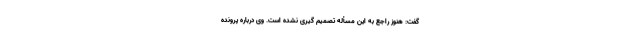
گفت: هنوز راجع به این مسأله تصمیم گیری نشده است. وی درباره پرونده